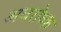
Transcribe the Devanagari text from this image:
अवरोध्क